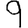
Digit: 9